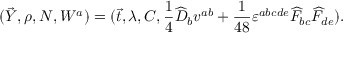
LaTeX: ( \vec { Y } , \rho , N , W ^ { a } ) = ( \vec { t } , \lambda , C , \frac { 1 } { 4 } \widehat { \cal D } _ { b } v ^ { a b } + \frac { 1 } { 4 8 } \varepsilon ^ { a b c d e } \widehat { F } _ { b c } \widehat { F } _ { d e } ) .